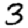
Digit: 3